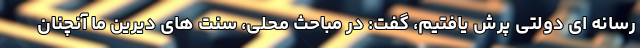
رسانه ای دولتی پرش یافتیم، گفت: در مباحث محلی، سنت های دیرین ما آنچنان